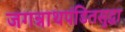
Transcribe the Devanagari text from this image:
जगन्नाथपंडितसुद्धा